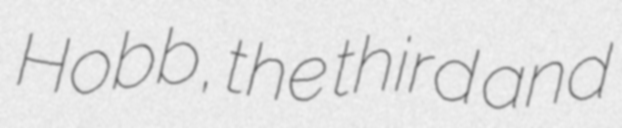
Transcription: Hobb, the third and